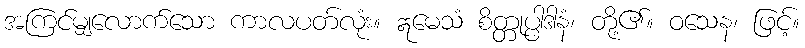
အကြင်မျှလောက်သော ကာလပတ်လုံး။ ဣမေသံ စိတ္တုပ္ပါဒါနံ၊ တို့၏။ ဝသေန၊ ဖြင့်။